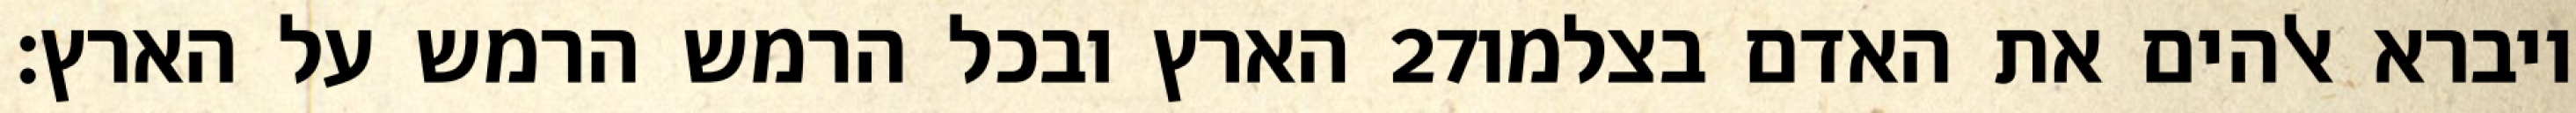
הארץ ובכל הרמש הרמש על הארץ׃ ‎27‏ ויברא אלהים את האדם בצלמו